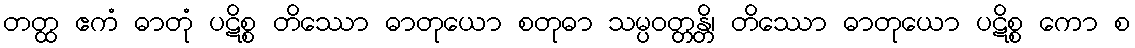
တတ္ထ ဧကံ ဓာတုံ ပဋိစ္စ တိဿော ဓာတုယော စတုဓာ သမ္ပဝတ္တန္တိ၊ တိဿော ဓာတုယော ပဋိစ္စ ကော စ